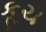
કૂચ